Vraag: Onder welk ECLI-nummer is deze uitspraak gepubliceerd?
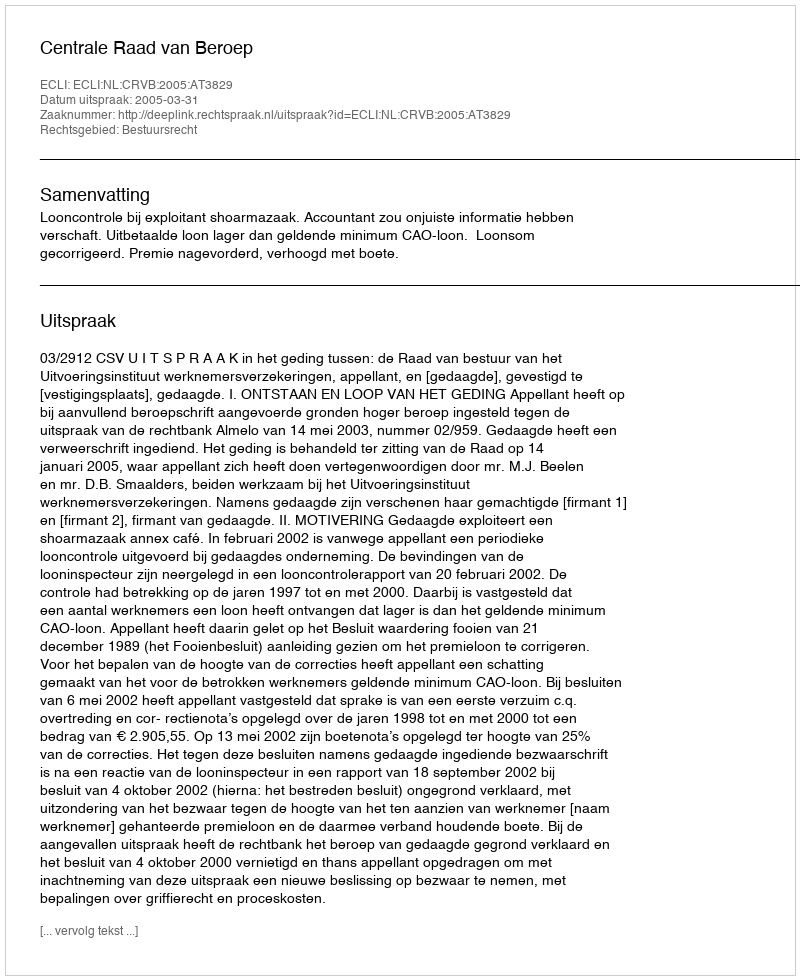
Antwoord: ECLI:NL:CRVB:2005:AT3829